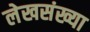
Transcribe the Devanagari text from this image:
लेखसंख्या